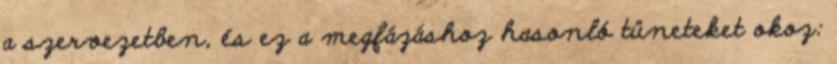
a szervezetben, és ez a megfázáshoz hasonló tüneteket okoz: